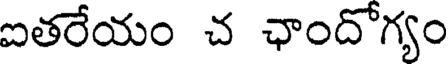
ఐతరేయం చ ఛాందోగ్యం